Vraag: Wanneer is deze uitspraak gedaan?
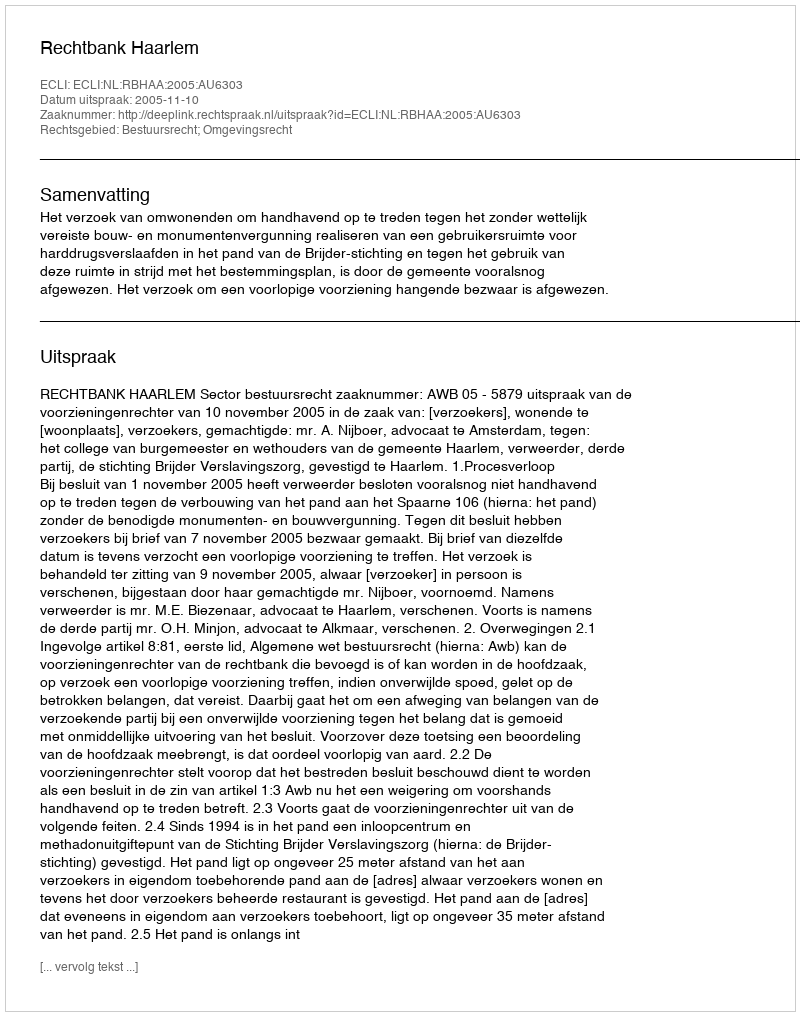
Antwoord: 2005-11-10